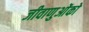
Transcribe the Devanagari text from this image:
जीवाणुओंको